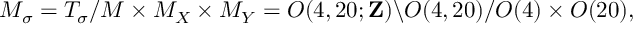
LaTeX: { \cal M } _ { \sigma } = { \cal T } _ { \sigma } / { \cal M } \times { \cal M } _ { X } \times { \cal M } _ { Y } = O ( 4 , 2 0 ; { \bf Z } ) \backslash O ( 4 , 2 0 ) / O ( 4 ) \times O ( 2 0 ) ,